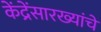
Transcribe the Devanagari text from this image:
केंद्रेंसारख्यांचे